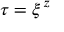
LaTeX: \tau = \xi ^ { \, z }